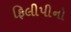
ફિલીપીનો